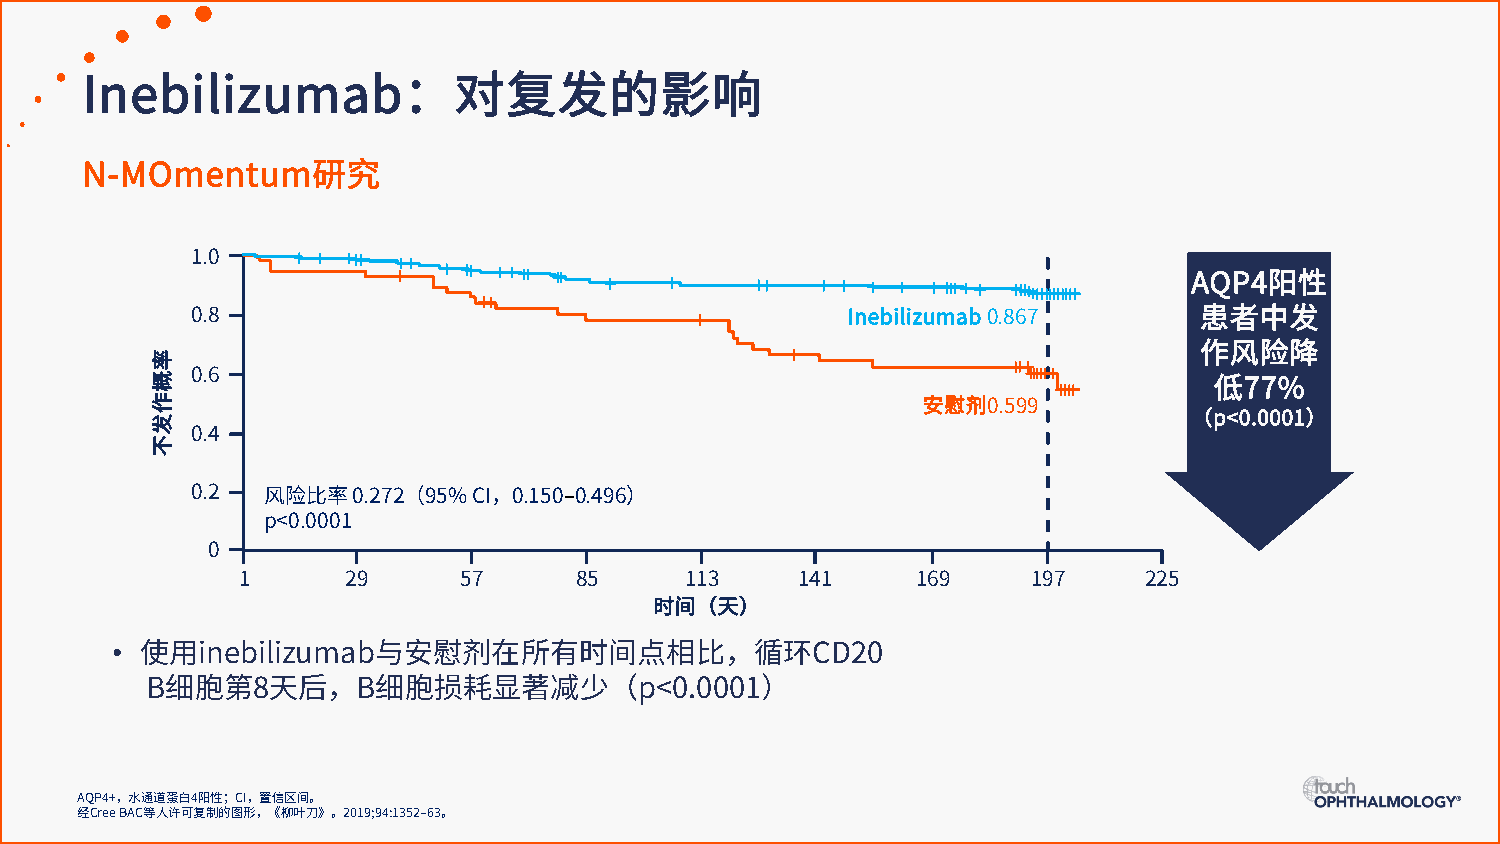
Inebilizumab：对复发的影响
 N-MOmentum研究
 1.0
 AQP4阳性
 0.8                                        Inebilizumab 0.867     患者中发
 作风险降
 0.6
 低77%
 安慰剂0.599
 （p<0.0001）
 0.4
 0.2 风险比率0.272（95% CI，0.150–0.496）
 p<0.0001
 0
 1      29     57      85     113     141     169    197     225
 时间（天）
 •
 使用inebilizumab与安慰剂在所有时间点相比，循环CD20
 B细胞第8天后，B细胞损耗显著减少（p<0.0001）
 AQP4+，水通道蛋白4阳性；CI，置信区间。
 经Cree BAC等人许可复制的图形，《柳叶刀》。2019;94:1352–63。
 率概作发不